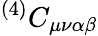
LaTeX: ^{(4)}C_{\mu\nu\alpha\beta}